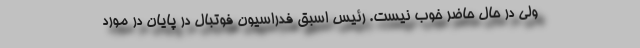
ولی در حال حاضر خوب نیست. رئیس اسبق فدراسیون فوتبال در پایان در مورد